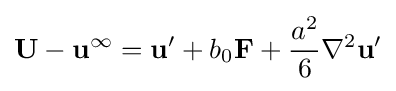
\mathbf {U} -\mathbf {u} ^{\infty }=\mathbf {u} '+b_{0}\mathbf {F} +{\frac {a^{2}}{6}}\nabla ^{2}\mathbf {u} '